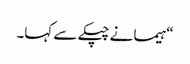
“ہیما نے چپکے سے کہا۔